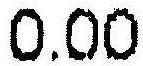
0.00